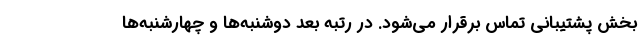
بخش پشتیبانی تماس برقرار می‌شود. در رتبه بعد دوشنبه‌ها و چهارشنبه‌ها